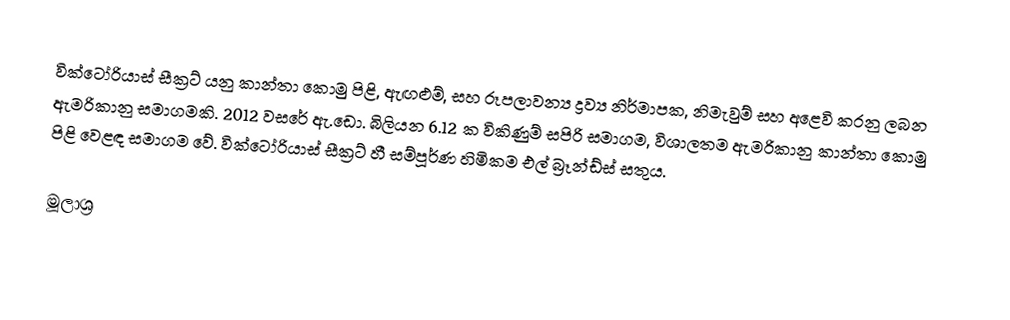
වික්ටෝරියාස් සීක්‍රට් යනු කාන්තා කොමු පිළි, ඇඟළුම්, සහ රූපලාවන්‍ය ද්‍රව්‍ය නිර්මාපක, නිමැවුම් සහ අළෙවි කරනු ලබන ඇමරිකානු සමාගමකි. 2012 වසරේ ඇ.ඩො. බිලියන 6.12 ක විකිණුම් සපිරි සමාගම, විශාලතම ඇමරිකානු කාන්තා කොමු පිළි වෙළඳ සමාගම වේ. වික්ටෝරියාස් සීක්‍රට් හී සම්පූර්ණ හිමිකම එල් බ්‍රෑන්ඩ්ස් සතුය.

මූලාශ්‍ර